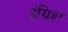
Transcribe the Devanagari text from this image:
इंग्रिश